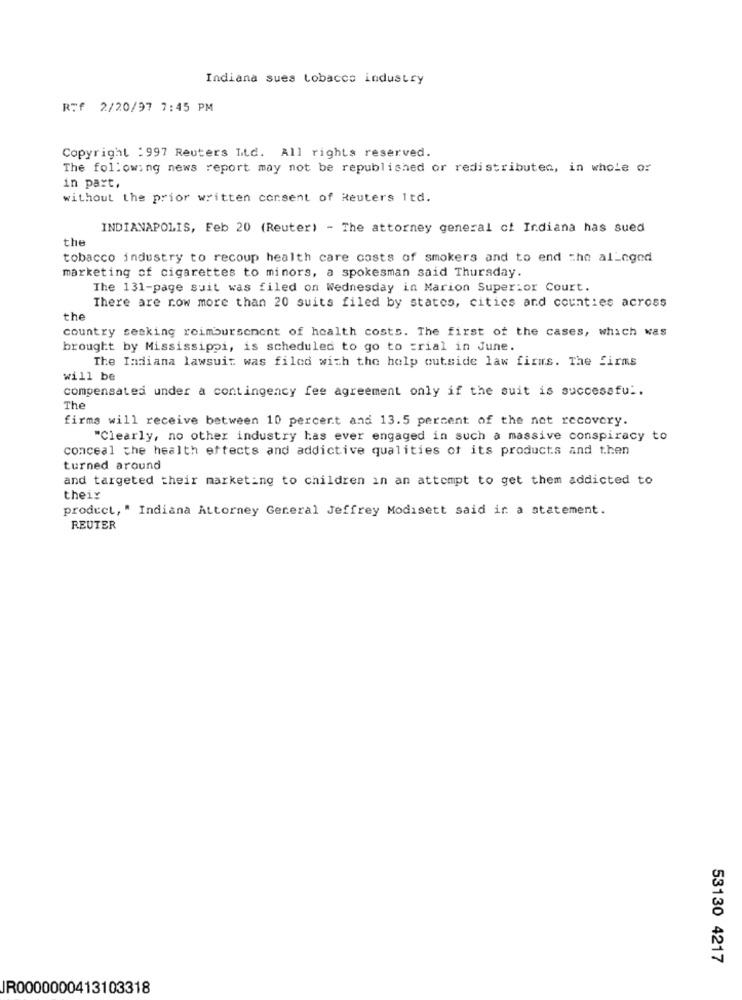
Indiana sues tobacco industry
RTf 2/20/97 7:45 PM
Copyright : 997 Reuters Itd. All rights reserved.
The following news report may not be republished or redistributen, in whole or
in part,
without the prior written consent of Reuters Itd.
INDIANAPOLIS, Feb 20 (Reuter) - The attorney general of Indiana has sued
the
tobacco industry to recoup health care costs of smokers and to end the alleged
marketing of cigarettes to minors, a spokesman said Thursday.
The 131-page suit was filed on Wednesday in Marion Superior Court.
There are now more than 20 suits filed by states, cities and counties across
the
country seaking reimbursement of health costs. The first of the cases, which was
brought by Mississippi, is scheduled to go to =rial in June.
The Indiana lawsuit was filed with the help outside law firms. The firms
will be
compensated under a contingency fee agreement only if the suit is successful.
The
firms will receive between 10 percent and 13.5 percent of the not recovery.
"Clearly, no other industry has ever engaged in such a massive conspiracy to
conceal the health effects and addictive qualities of its products and then
turned around
and targeted their marketing to children in an attempt to get them addicted to
theix
product, " Indiana Attorney General Jeffrey Modisett said ir a statement.
REUTER
53130 4217
JR0000000413103318